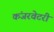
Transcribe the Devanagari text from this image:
कंजरवेटरी